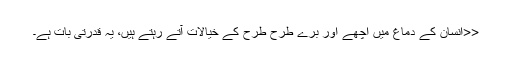
<<انسان کے دماغ میں اچھے اور برے طرح طرح کے خیالات آتے رہتے ہیں، یہ قدرتی بات ہے۔